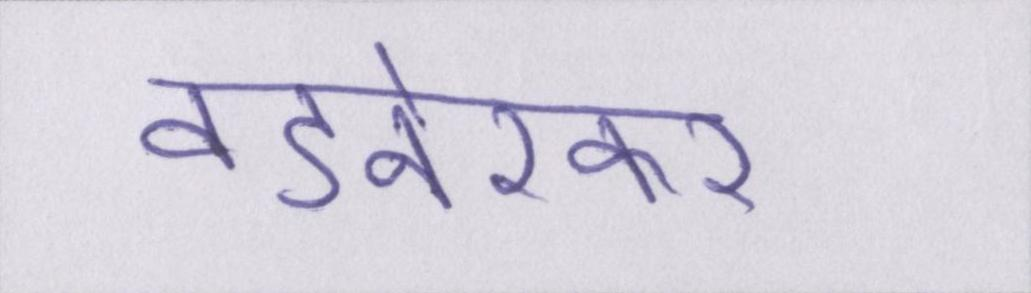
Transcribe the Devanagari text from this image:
वडनेरकर